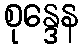
စုန္ဒေန